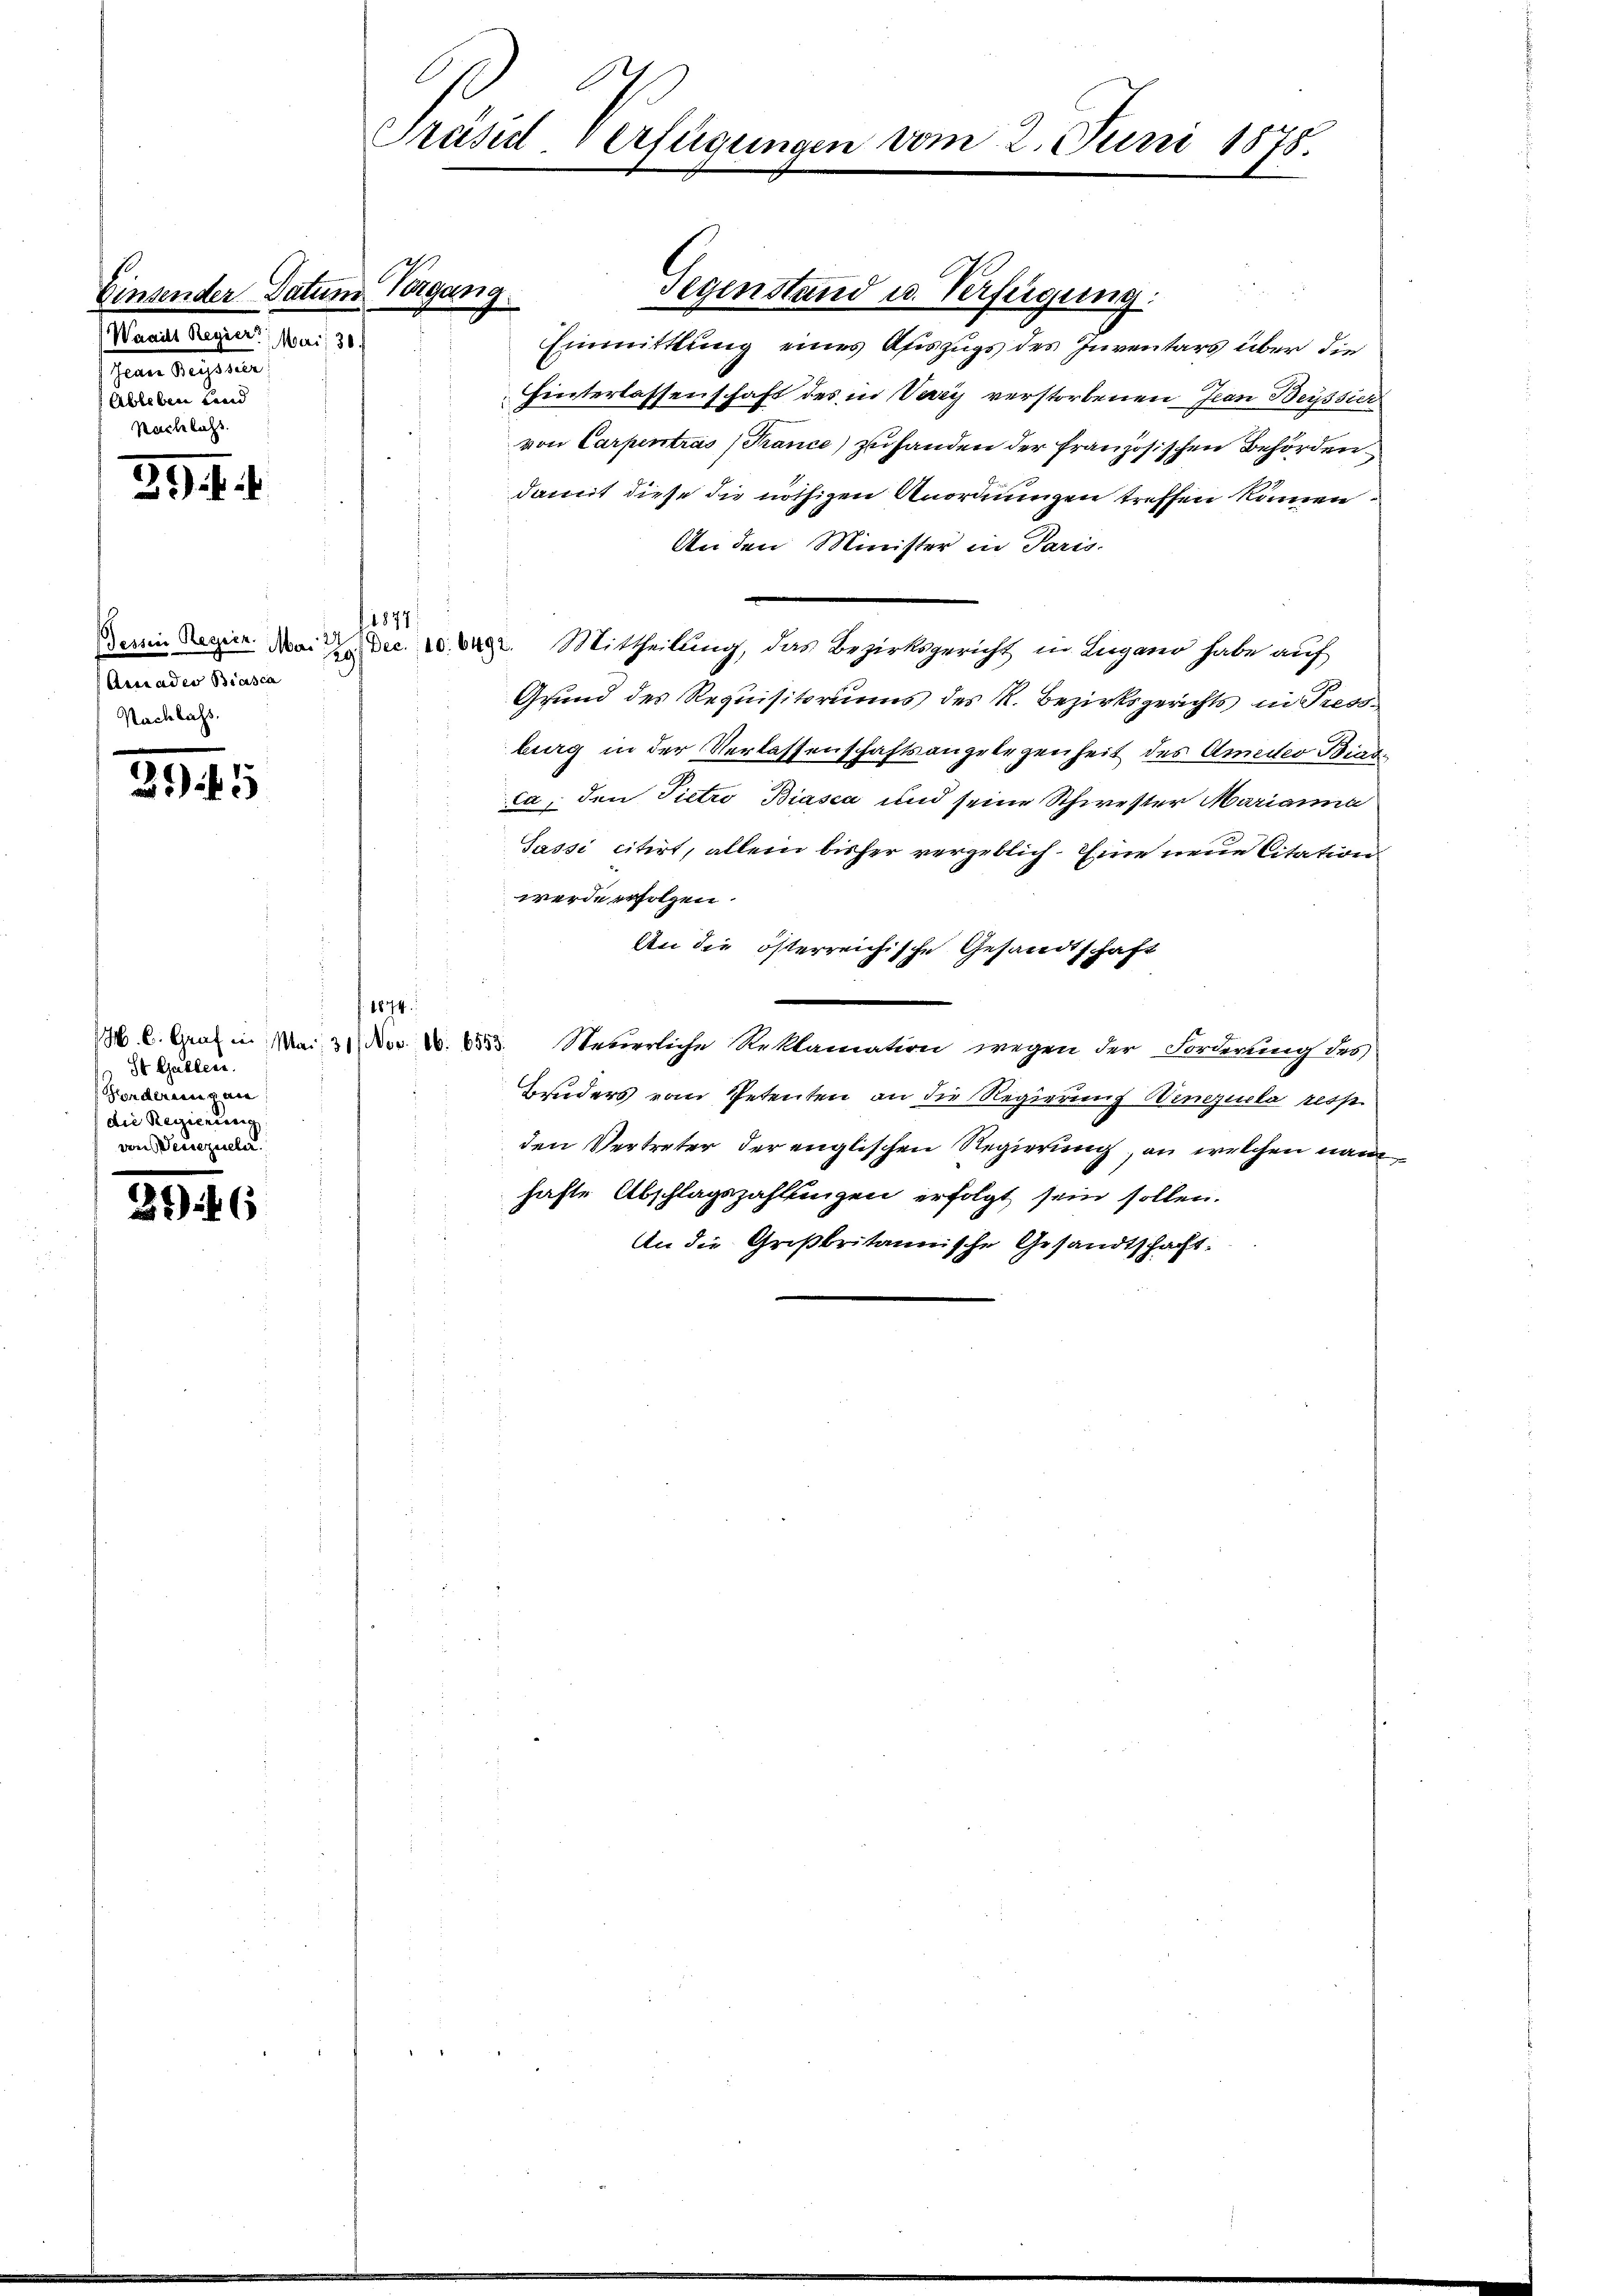
Einsender Datum
Wagilt Regier. Mai 30.
Inen Bestimme
Ableben und
Nachlass.

39 ff.

Dessein Regier. Mai 29. Dec. 140. 6492.
Actsader Biasca
Nachlass.

39. 45

3946

St. Gallen.
Forderungene
(die Regierung
von Deuerulle.

.
Präsid. Verfügungen vom 2. Juni 1875.

Tagung

Einmittlung eines Aiszugs des Inventars über die
Hinterlassenschaft des in Vary verstorbenen Jean Beyssier
von Carpentras (France) zuhanden der französischen Behörden.
damit diese die nöthigen Anordnungen treffen können
An den Minister in Paris.
Mittheilung, das Bezirksgericht in Lugano habe auf
Grund des Requisitoriums des R. Bezirksgerichts in Press
burg in der Verlassenschaftsangelegenheit des Amedes Biad
ca, den Pietro Biasca und seine Schwester Marianna
Sassi citirt, allein bisher vergeblich. Eine neue Citation
werde erfolgen.
An die österreichische Gesandtschaft
1874
6. l. Graf in Mai 31. No. 2. 553. Steuerliche Reklamation wegen der Forderung des
Bruders vom Petenten an die Regierung Wenzucta resp.
den Vertreter der englischen Regierung, an welchen nam
hafte Abschlagszahlungen erfolgt sein sollen.
An die Großbritannische Gesandtschaft¬

1874.

Gegenstand u. Verfügung: